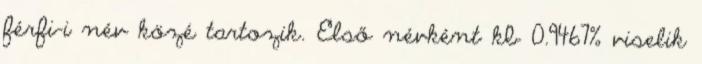
férfi-i név közé tartozik. Első névként kb 0.9467% viselik